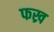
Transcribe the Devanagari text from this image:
फख्र